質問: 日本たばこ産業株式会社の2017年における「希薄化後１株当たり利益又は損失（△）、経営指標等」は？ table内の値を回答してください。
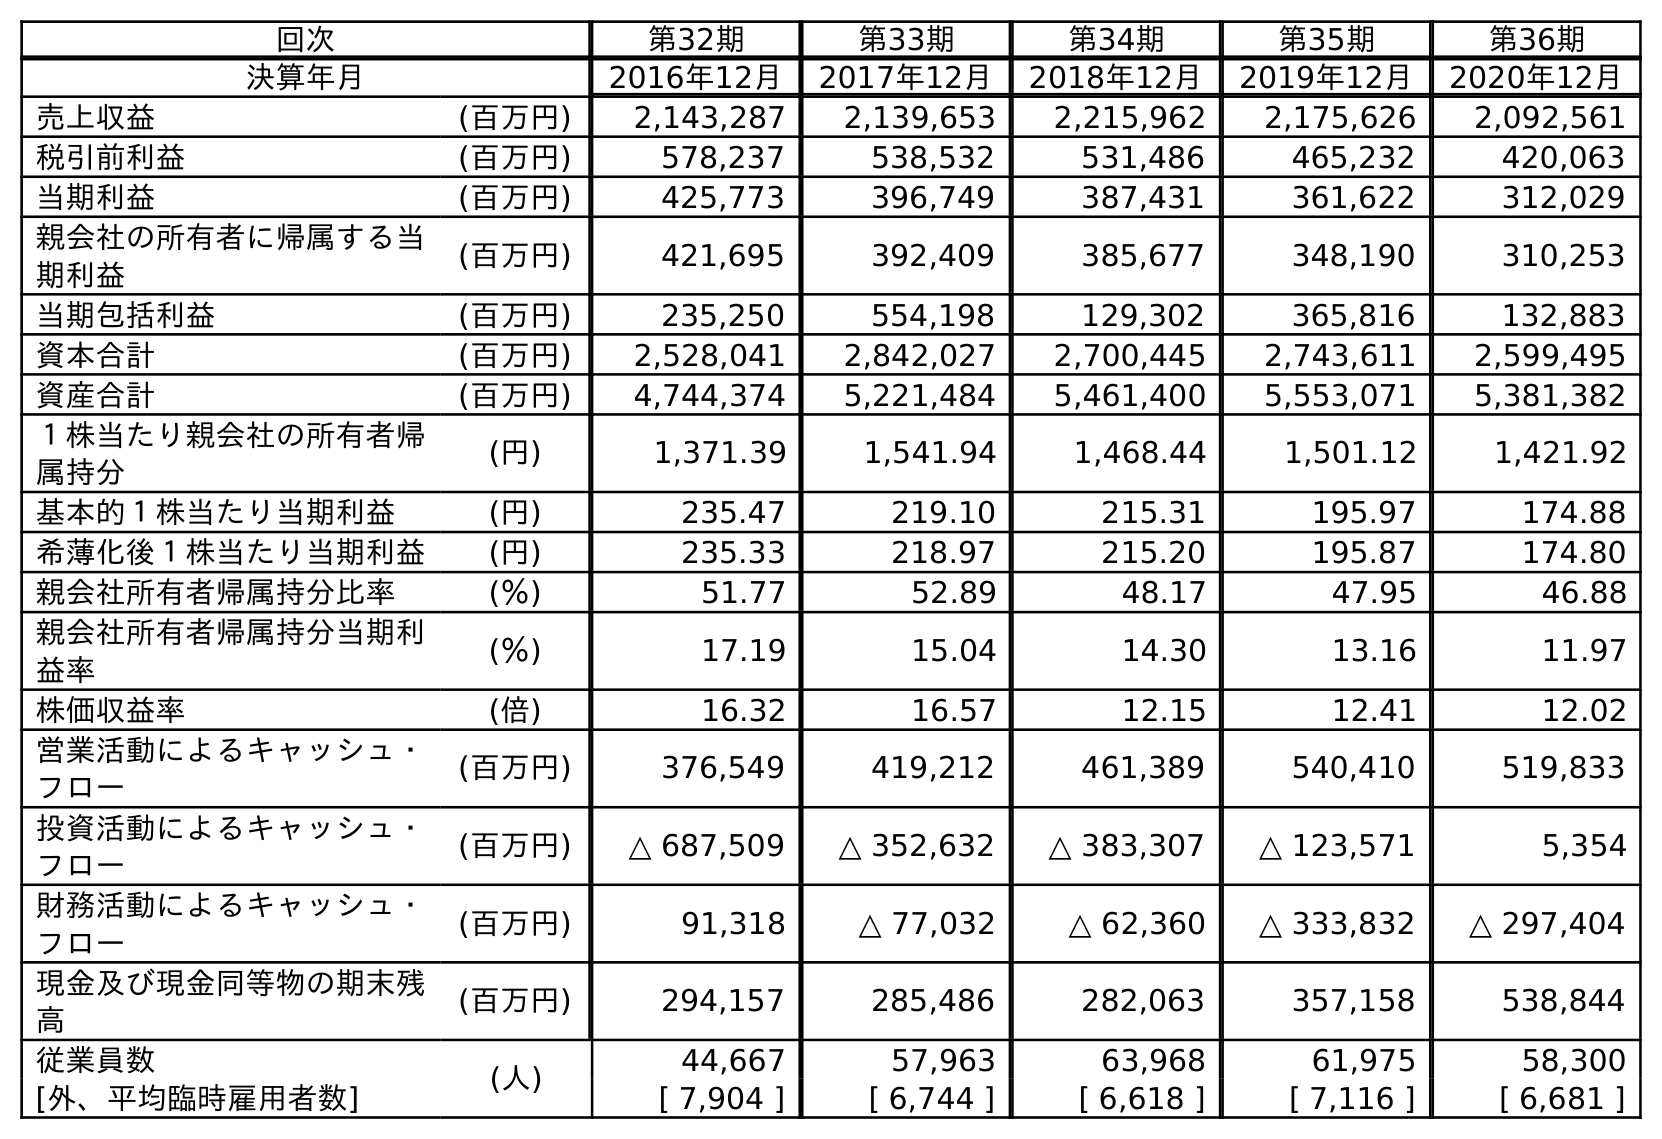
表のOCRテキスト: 回次 第32期 第33期 第34期 第35期 第36期 決算年月 2016年12月 2017年12月 2018年12月 2019年12月 2020年12月 売上収益 (百万円) 2,143,287 2,139,653 2,215,962 2,175,626 2,092,561 税引前利益 (百万円) 578,237 538,532 531,486 465,232 420,063 当期利益 (百万円) 425,773 396,749 387,431 361,622 312,029 親会社の所有者に帰属する当 期利益 (百万円) 421,695 392,409 385,677 348,190 310,253 当期包括利益 (百万円) 235,250 554,198 129,302 365,816 132,883 資本合計 (百万円) 2,528,041 2,842,027 2,700,445 2,743,611 2,599,495 資産合計 (百万円) 4,744,374 5,221,484 5,461,400 5,553,071 5,381,382 １株当たり親会社の所有者帰 属持分 (円) 1,371.39 1,541.94 1,468.44 1,501.12 1,421.92 基本的１株当たり当期利益 (円) 235.47 219.10 215.31 195.97 174.88 希薄化後１株当たり当期利益 (円) 235.33 218.97 215.20 195.87 174.80 親会社所有者帰属持分比率 (％) 51.77 52.89 48.17 47.95 46.88 親会社所有者帰属持分当期利 益率 (％) 17.19 15.04 14.30 13.16 11.97 株価収益率 (倍) 16.32 16.57 12.15 12.41 12.02 営業活動によるキャッシュ・ フロー (百万円) 376,549 419,212 461,389 540,410 519,833 投資活動によるキャッシュ・ フロー (百万円) △ 687,509 △ 352,632 △ 383,307 △ 123,571 5,354 財務活動によるキャッシュ・ フロー (百万円) 91,318 △ 77,032 △ 62,360 △ 333,832 △ 297,404 現金及び現金同等物の期末残 高 (百万円) 294,157 285,486 282,063 357,158 538,844 従業員数 (人) 44,667 57,963 63,968 61,975 58,300 [外、平均臨時雇用者数] [ 7,904 ] [ 6,744 ] [ 6,618 ] [ 7,116 ] [ 6,681 ]
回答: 218.97